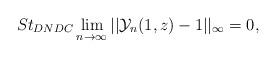
LaTeX: \begin{align*} St_{DNDC}\lim_{n\rightarrow \infty}||\mathcal{Y}_{n}(1,z)-1||_{\infty}=0, \end{align*}